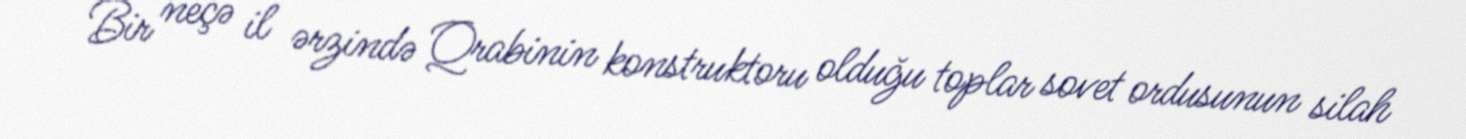
Bir neçə il ərzində Qrabinin konstruktoru olduğu toplar sovet ordusunun silah